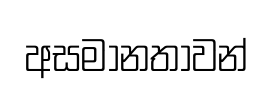
අසමානතාවන්